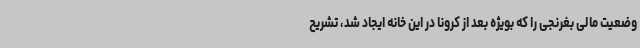
وضعیت مالی بغرنجی را که بویژه بعد از کرونا در این خانه ایجاد شد، تشریح